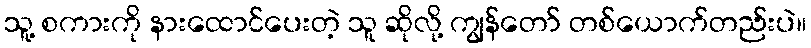
သူ့ စကားကို နားထောင်ပေးတဲ့ သူ ဆိုလို့ ကျွန်တော် တစ်ယောက်တည်းပဲ။